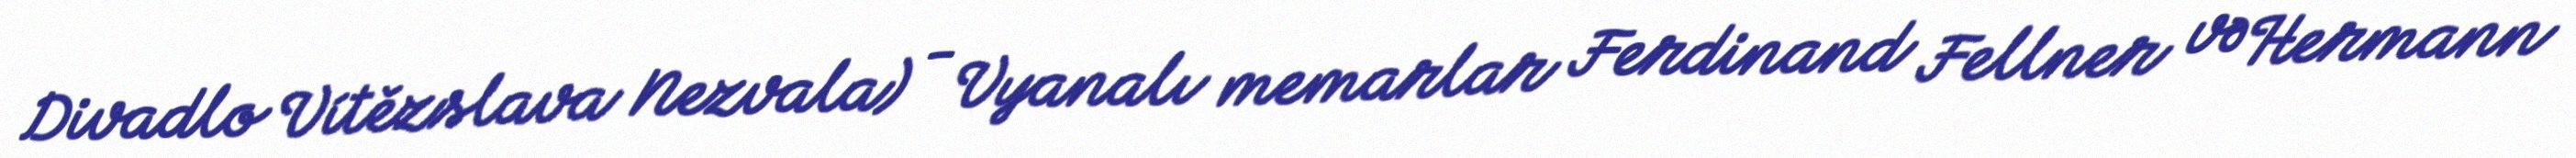
Divadlo Vítězslava Nezvala) - Vyanalı memarlar Ferdinand Fellner və Hermann